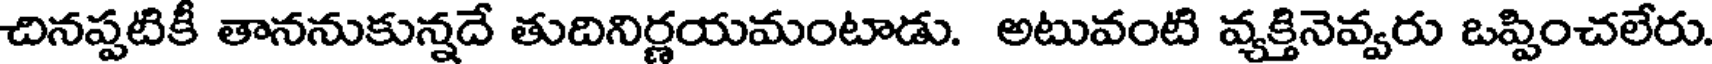
చినప్పటికీ తాననుకున్నదే తుదినిర్ణయమంటాడు. అటువంటి వ్యక్తినెవ్వరు ఒప్పించలేరు